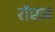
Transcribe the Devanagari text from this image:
रॉएज़